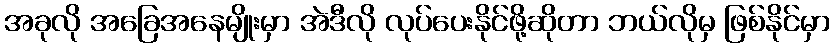
အခုလို အခြေအနေမျိုးမှာ အဲဒီလို လုပ်ပေးနိုင်ဖို့ဆိုတာ ဘယ်လိုမှ ဖြစ်နိုင်မှာ